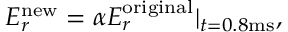
E _ { r } ^ { \mathrm { n e w } } = \alpha E _ { r } ^ { \mathrm { o r i g i n a l } } | _ { t = 0 . 8 \mathrm { m s } } ,